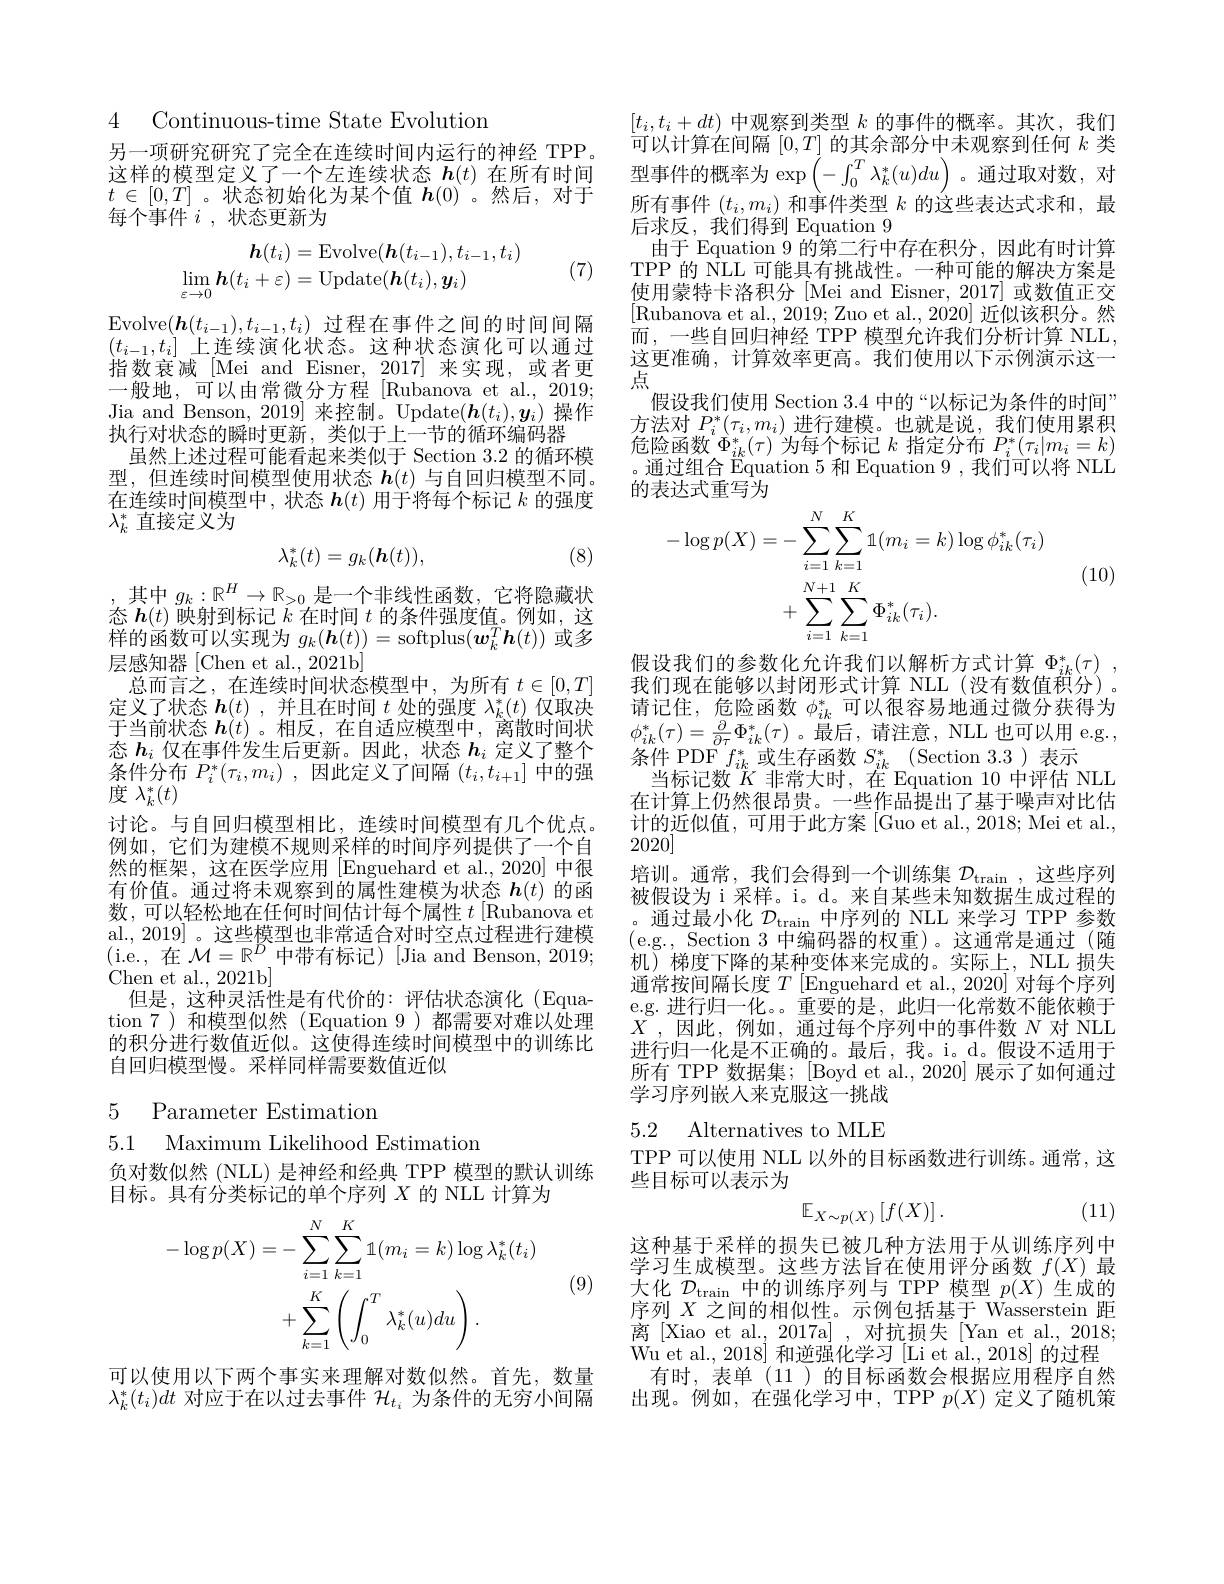
4 Continuous-time State Evolution

另一项研究研究了完全在连续时间内运行的神经 TPP。这样的模型定义了一个左连续状态$\boldsymbol h(t)$在所有时间$t\in[0,T]$。状态初始化为某个值$h(0)$。然后，对于每个事件$i$,状态更新为
$$\begin{aligned}\boldsymbol{h}(t_{i})&=\mathrm{Evolve}(\boldsymbol{h}(t_{i-1}),t_{i-1},t_{i})\\\lim_{\varepsilon\to0}\boldsymbol{h}(t_{i}+\varepsilon)&=\mathrm{Update}(\boldsymbol{h}(t_{i}),\boldsymbol{y}_{i})\end{aligned}$$
(7)

Evolve$(\boldsymbol{h}(t_{i-1}),t_{i-1},t_i)$过程在事件之间的时间间隔$(t_{i-1},t_i]$上连续演化状态。这种状态演化可以通过指数衰减[Mei and Eisner,2017]来实现，或者更一般地，可以由常微分方程[Rubanova et al.,2019; Jia and Benson, 2019] 来控制。Update$(\boldsymbol h(t_i),\boldsymbol{y}_i)$操作执行对状态的瞬时更新，类似于上一节的循环编码器
虽然上述过程可能看起来类似于 Section 3.2 的循环模型，但连续时间模型使用状态$\boldsymbol h(t)$与自回归模型不同。在连续时间模型中，状态$\boldsymbol{h}(t)$用于将每个标记$k$的强度$\lambda_k^*$直接定义为
$$\lambda_k^*(t)=g_k(\boldsymbol{h}(t)),$$
(8)

,其中 $g_k:\mathbb{R}^H\to\mathbb{R}_{>0}$ 是一个非线性函数，它将隐藏状态$\boldsymbol{h}(t)$映射到标记$k$在时间$t$的条件强度值。例如，这样的函数可以实现为$g_k(\boldsymbol{h}(t))=$ softplus$(\dot{\boldsymbol{w}}_k^T\boldsymbol{h}(t))$或多层感知器[Chen et al., 2021b]
总而言之，在连续时间状态模型中，为所有$t\in[0,T]$ 定义了状态$h(t)$ ,并且在时间$t$处的强度$\lambda_k^*(t)$仅取决于当前状态$h(t)$。相反，在自适应模型中，离散时间状态$h_i$仅在事件发生后更新。因此，状态$h_i$定义了整个条件分布$P_i^*(\tau_i,m_i)$ ,因此定义了间隔$(t_i,t_{i+1}]$中的强度$\lambda_k^*(t)$
讨论。与自回归模型相比，连续时间模型有几个优点。例如，它们为建模不规则采样的时间序列提供了一个自然的框架，这在医学应用[Enguehard et al.,2020]中很有价值。通过将未观察到的属性建模为状态$h(t)$的函数，可以轻松地在任何时间估计每个属性$t$ [Rubanova et al., 2019]。这些模型也非常适合对时空点过程进行建模$\begin{array}{l}{\mathrm{ur.,~2010]~。}}&{\text{心三庆王巴中市是口为时上众}}\\{\mathrm{(i.e.~,~在~}\mathcal{M}=\mathbb{R}^{D}\text{中带有标记)[Jia and Benson, 2019;}}\end{array}$ Chen et al. , 2021b]
但是，这种灵活性是有代价的：评估状态演化(Equation 7)和模型似然(Equation 9)都需要对难以处理的积分进行数值近似。这使得连续时间模型中的训练比自回归模型慢。采样同样需要数值近似

5 Parameter Estimation

5.1 Maximum Likelihood Estimation

负对数似然(NLL) 是神经和经典 TPP 模型的默认训练
目标。具有分类标记的单个序列$X$的 NLL 计算为
$$\begin{aligned}-\log p(X)&=-\sum_{i=1}^{N}\sum_{k=1}^{K}1(m_{i}=k)\log\lambda_{k}^{*}(t_{i})\\&+\sum_{k=1}^{K}\left(\int_{0}^{T}\lambda_{k}^{*}(u)du\right).\end{aligned}$$
(9)

可以使用以下两个事实来理解对数似然。首先，数量$\lambda_{k}^{*}(t_{i})dt$对应于在以过去事件$\mathcal{H}_t_{i}$为条件的无穷小间隔

$[t_i,t_i+dt)$中观察到类型$k$的事件的概率。其次，我们$\dot{\text{可以计算在间隔 }}[0,T]$的其余部分中未观察到任何$k$类型事件的概率为$\exp\left(-\int_0^T\lambda_k^*(u)du\right)$。通过取对数，对所有事件$(t_i,m_i)$和事件类型$k$的这些表达式求和，最后求反，我们得到 Equation 9
由于 Equation 9 的第二行中存在积分，因此有时计算TPP 的 NLL 可能具有挑战性。一种可能的解决方案是使用蒙特卡洛积分 [Mei and Eisner, 2017] 或数值正交[Rubanova et al., 2019; Zuo et al., 2020] 近似该积分。然而，一些自回归神经 TPP 模型允许我们分析计算 NLL, 这更准确，计算效率更高。我们使用以下示例演示这一点
假设我们使用 Section 3.4 中 的 “ 以 标 记 为 条 件 的 时 间 ” 方法对$P_i^*(\tau_i,m_i)$进行建模。也就是说，我们使用累积危险函数$\Phi_{ik}^*(\tau)$为每个标记$k$指定分布$P_i^*(\tau_i|m_i=k)$ 。通过组合 Equation 5 和 Equation 9, 我 们 可 以 将 NLL 的表达式重写为

(10)
$$\begin{aligned}-\log p(X)&=-\sum_{i=1}^{N}\sum_{k=1}^{K}1(m_{i}=k)\log\phi_{ik}^{*}(\tau_{i})\\&+\sum_{i=1}^{N+1}\sum_{k=1}^{K}\Phi_{ik}^{*}(\tau_{i}).\end{aligned}$$
假设我们的参数化允许我们以解析方式计算$\Phi _{ik}^* ( \tau )$ , 我们现在能够以封闭形式计算 NLL(没有数值积分)。请记住，危险函数$\phi_{ik}^*$可以很容易地通过微分获得为$\phi_{ik}^{*}(\tau)=\frac{\partial}{\partial\tau}\Phi_{ik}^{*}(\tau)$。最后，请注意，NLL 也可以用 e.g., 条件 PDF $f_{ik}^{*}$或生存函数$S_{ik}^{*}$ (Section 3.3)表示
当标记数$K$非常大时，在 Equation 10 中评估 NLL 在计算上仍然很昂贵。一些作品提出了基于噪声对比估计的近似值，可用于此方案[Guo et al., 2018; Mei et al., 2020]
培训。通常，我们会得到一个训练集$\mathcal{D}_\mathrm{train}$,这些序列被假设为 i 采样。i。d。来自某些未知数据生成过程的
通过最小化$\mathcal{D}_\mathrm{train}$中序列的 NLL 来学习 TPP 参数(e.g., Section 3 中编码器的权重)。这通常是通过(随机)梯度下降的某种变体来完成的。实际上，NLL 损失通常按间隔长度$T$ [Enguehard et al., 2020] 对每个序列e.g. 进行归一化。。重要的是，此归一化常数不能依赖于$\bar{X}$ ,因此，例如，通过每个序列中的事件数$N$对 NLL 进行归一化是不正确的。最后，我。i。d。假设不适用于所有 TPP 数据集；[Boyd et al., 2020] 展示了如何通过学习序列嵌人来克服这一挑战

# 5.2 Alternatives to MLE

TPP 可以使用 NLL 以外的目标函数进行训练。通常，这
些目标可以表示为
$$\mathbb{E}_{X\sim p(X)}\left[f(X)\right].$$
(11)

这种基于采样的损失已被几种方法用于从训练序列中学习生成模型。这些方法旨在使用评分函数$f(X)$最大化$\mathcal{D}_{\mathrm{train~}}$中的训练序列与 TPP 模型$p(X)$生成的序列$X$之间的相似性。示例包括基于 Wasserstein 距离[Xiao et al., 2017a] , 对抗损失[Yan et al., 2018; Wu et al., 2018] 和逆强化学习 [Li et al., 2018] 的过程有时，表单(11)的目标函数会根据应用程序自然出现。例如，在强化学习中，TPP $p(X)$定义了随机策